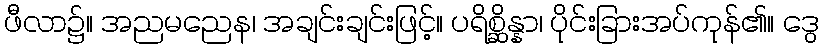
ဖီလာ၌။ အညမညေန၊ အချင်းချင်းဖြင့်။ ပရိစ္ဆိန္နာ၊ ပိုင်းခြားအပ်ကုန်၏။ ဒွေ